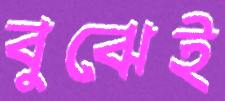
বুঝেই